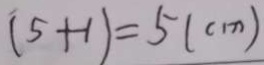
( 5 + 1 ) = 5 ( c m )